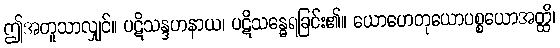
ဤအတူသာလျှင်။ ပဋိသန္ဒဟနာယ၊ ပဋိသန္ဓေရခြင်း၏။ ယောဟေတုယောပစ္စယောအတ္ထိ၊